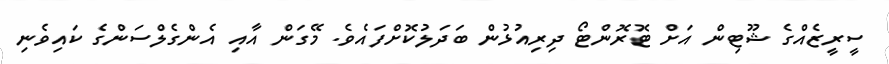
ސީރީޒެއްގެ ޝޫޓިން އަށް ޓޮރޮންޓޯ ދިރިއުޅުން ބަދަލުކޮށްފައެވެ. މޭގަން އާއި އެންގެލްސަންގެ ކައިވެނި